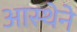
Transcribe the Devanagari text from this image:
आस्‍थेने